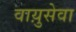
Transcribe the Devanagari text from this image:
वाय़ुसेवा